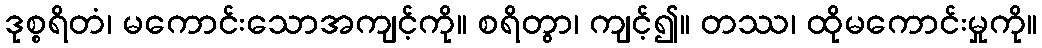
ဒုစ္စရိတံ၊ မကောင်းသောအကျင့်ကို။ စရိတွာ၊ ကျင့်၍။ တဿ၊ ထိုမကောင်းမှုကို။